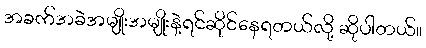
အခက်အခဲအမျိုးအမျိုးနဲ့ရင်ဆိုင်နေရတယ်လို့ ဆိုပါတယ်။